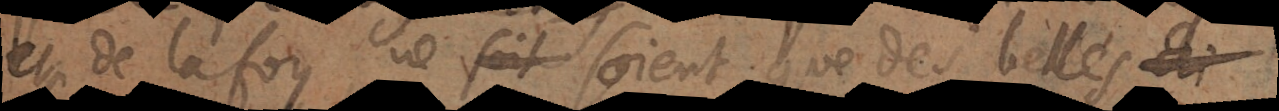
et de la foy ne soient que des belles chim